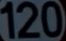
120